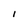
Character: I